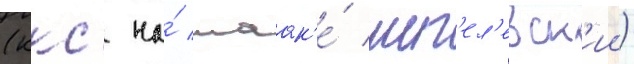
(ккс на́ маак'е́ шеп'ел'евск'ии)